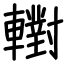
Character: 轛